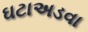
ઘટાઅડવા